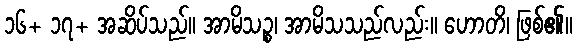
၁၆+ ၁၇+ အဆိပ်သည်။ အာမိသဉ္စ၊ အာမိသသည်လည်း။ ဟောတိ၊ ဖြစ်၏။